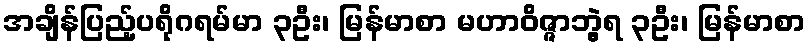
အချိန်ပြည့်ပရိုဂရမ်မာ ၃ဦး၊ မြန်မာစာ မဟာဝိဇ္ဇာဘွဲ့ရ ၃ဦး၊ မြန်မာစာ